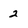
Character: 2